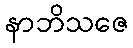
နာဘိသဇေ